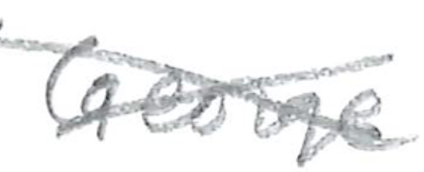
Text: George
Cross-out: cross
Writing tool: pencil